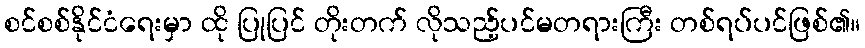
စင်စစ်နိုင်ငံရေးမှာ ထို ပြုပြင် တိုးတက် လိုသည့်ပင်မတရားကြီး တစ်ရပ်ပင်ဖြစ်၏။